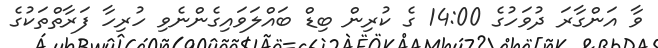
ވާ އަންގާރަ ދުވަހުގެ 14:00 ގެ ކުރިން ބިޑް ބައްލަވައިގެންނެވި ހުރިހާ ފަރާތްތަކުގެ